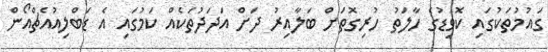
ގައުމުތަކުގައި ކޮވިޑުގެ ހާލަތު ހުރިގޮތަށް ބަލާއިރު ދަށް އަދަދުތަކެއް ކަމުގައި އެ ޑަބްލިއުއެޗްއޯން